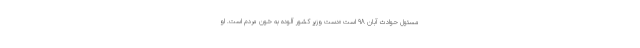
مسئول حوادث آبان 98 است «دست وزیر کشور آلوده به خون مردم است. او